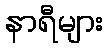
နာရီများ